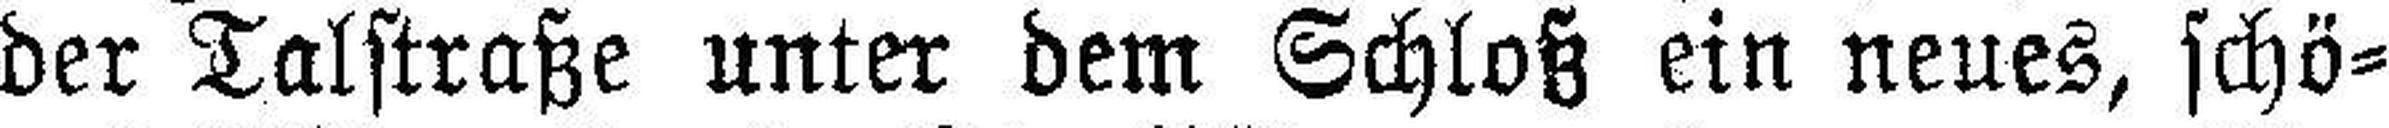
der Talstraße unter dem Schloß ein neues, schö¬